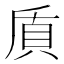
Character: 貭